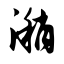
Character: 潲